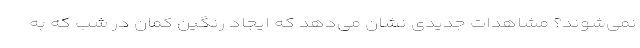
نمی‌شوند؟ مشاهدات جدیدی نشان می‌دهد که ایجاد رنگین کمان در شب که به